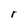
Character: r